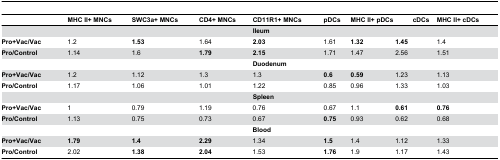
<table><thead><tr><td></td><td><b>MHC II+ MNCs</b></td><td><b>SWC3a+ MNCs</b></td><td><b>CD4+ MNCs</b></td><td><b>CD11R1+ MNCs</b></td><td><b>pDCs</b></td><td colspan="2"><b>MHC II+ pDCs</b></td><td><b>cDCs</b></td><td><b>MHC II+ cDCs</b></td></tr></thead><tbody><tr><td></td><td></td><td></td><td></td><td colspan="2"><b>Ileum</b></td><td></td><td colspan="2"></td><td></td></tr><tr><td><b>Pro+Vac/Vac</b></td><td>1.2</td><td><b>1.53</b></td><td>1.64</td><td><b>2.03</b></td><td>1.61</td><td><b>1.32</b></td><td colspan="2"><b>1.45</b></td><td>1.4</td></tr><tr><td><b>Pro/Control</b></td><td>1.14</td><td>1.6</td><td><b>1.79</b></td><td><b>2.15</b></td><td>1.71</td><td>1.47</td><td colspan="2">2.56</td><td>1.51</td></tr><tr><td></td><td></td><td></td><td></td><td colspan="2"><b>Duodenum</b></td><td></td><td colspan="2"></td><td></td></tr><tr><td><b>Pro+Vac/Vac</b></td><td>1.2</td><td>1.12</td><td>1.3</td><td>1.3</td><td><b>0.6</b></td><td><b>0.59</b></td><td colspan="2">1.23</td><td>1.13</td></tr><tr><td><b>Pro/Control</b></td><td>1.17</td><td>1.06</td><td>1.01</td><td>1.22</td><td>0.85</td><td>0.96</td><td colspan="2">1.33</td><td>1.03</td></tr><tr><td></td><td></td><td></td><td></td><td colspan="2"><b>Spleen</b></td><td></td><td colspan="2"></td><td></td></tr><tr><td><b>Pro+Vac/Vac</b></td><td>1</td><td>0.79</td><td>1.19</td><td>0.76</td><td>0.67</td><td>1.1</td><td colspan="2"><b>0.61</b></td><td><b>0.76</b></td></tr><tr><td><b>Pro/Control</b></td><td>1.13</td><td>0.75</td><td>0.73</td><td>0.67</td><td><b>0.75</b></td><td>0.93</td><td colspan="2">0.62</td><td>0.68</td></tr><tr><td></td><td></td><td></td><td></td><td colspan="2"><b>Blood</b></td><td></td><td colspan="2"></td><td></td></tr><tr><td><b>Pro+Vac/Vac</b></td><td><b>1.79</b></td><td><b>1.4</b></td><td><b>2.29</b></td><td>1.34</td><td><b>1.5</b></td><td>1.4</td><td colspan="2">1.12</td><td>1.33</td></tr><tr><td><b>Pro/Control</b></td><td>2.02</td><td><b>1.38</b></td><td><b>2.04</b></td><td>1.53</td><td><b>1.76</b></td><td>1.9</td><td colspan="2">1.17</td><td>1.43</td></tr></tbody></table>